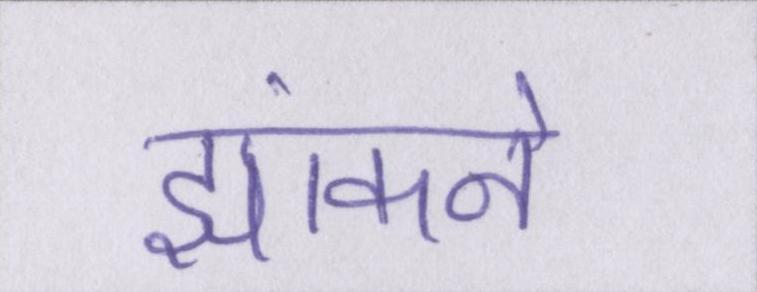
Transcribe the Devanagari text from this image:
झांकने